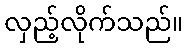
လှည့်လိုက်သည်။